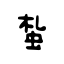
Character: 蚻